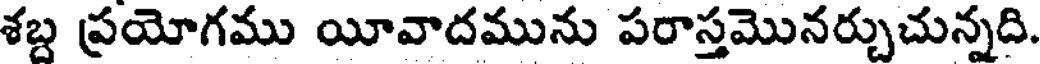
శబ్ద ప్రయోగము యీవాదమును పరాస్తమొనర్చుచున్నది.